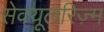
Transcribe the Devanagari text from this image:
सेक्यूलरिज़्म